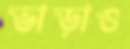
ভাড়াও